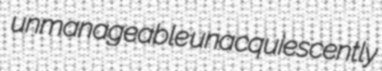
unmanageable unacquiescently